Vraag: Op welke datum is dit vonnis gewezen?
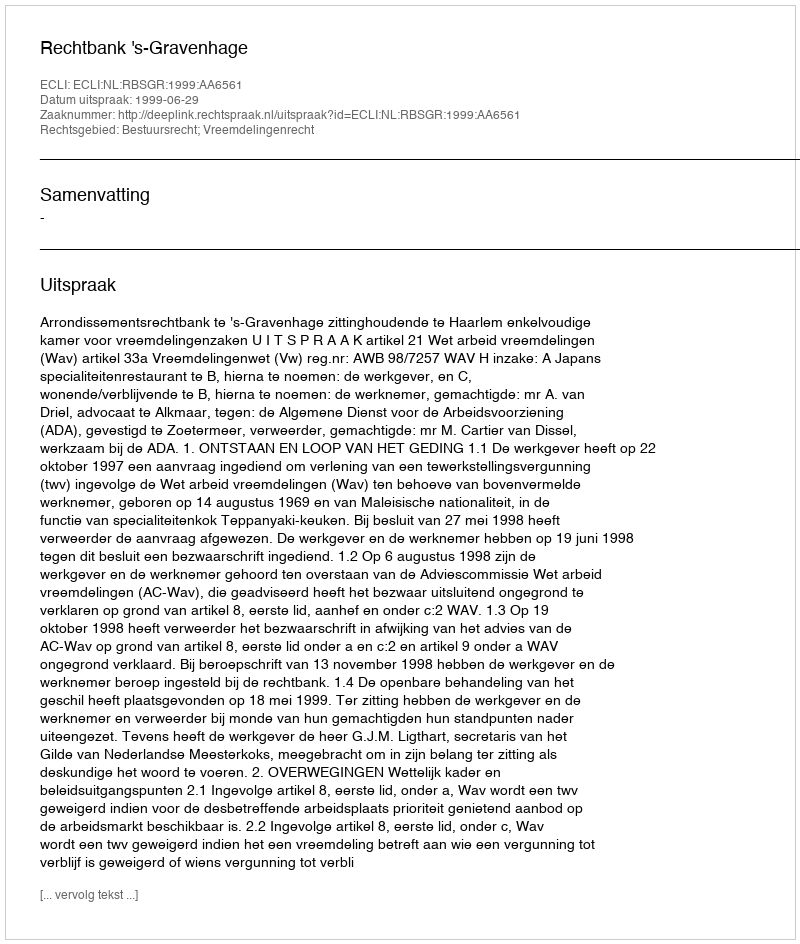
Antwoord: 1999-06-29